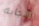
الاجابه